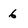
Character: 6